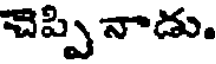
చెప్పి నాడు.